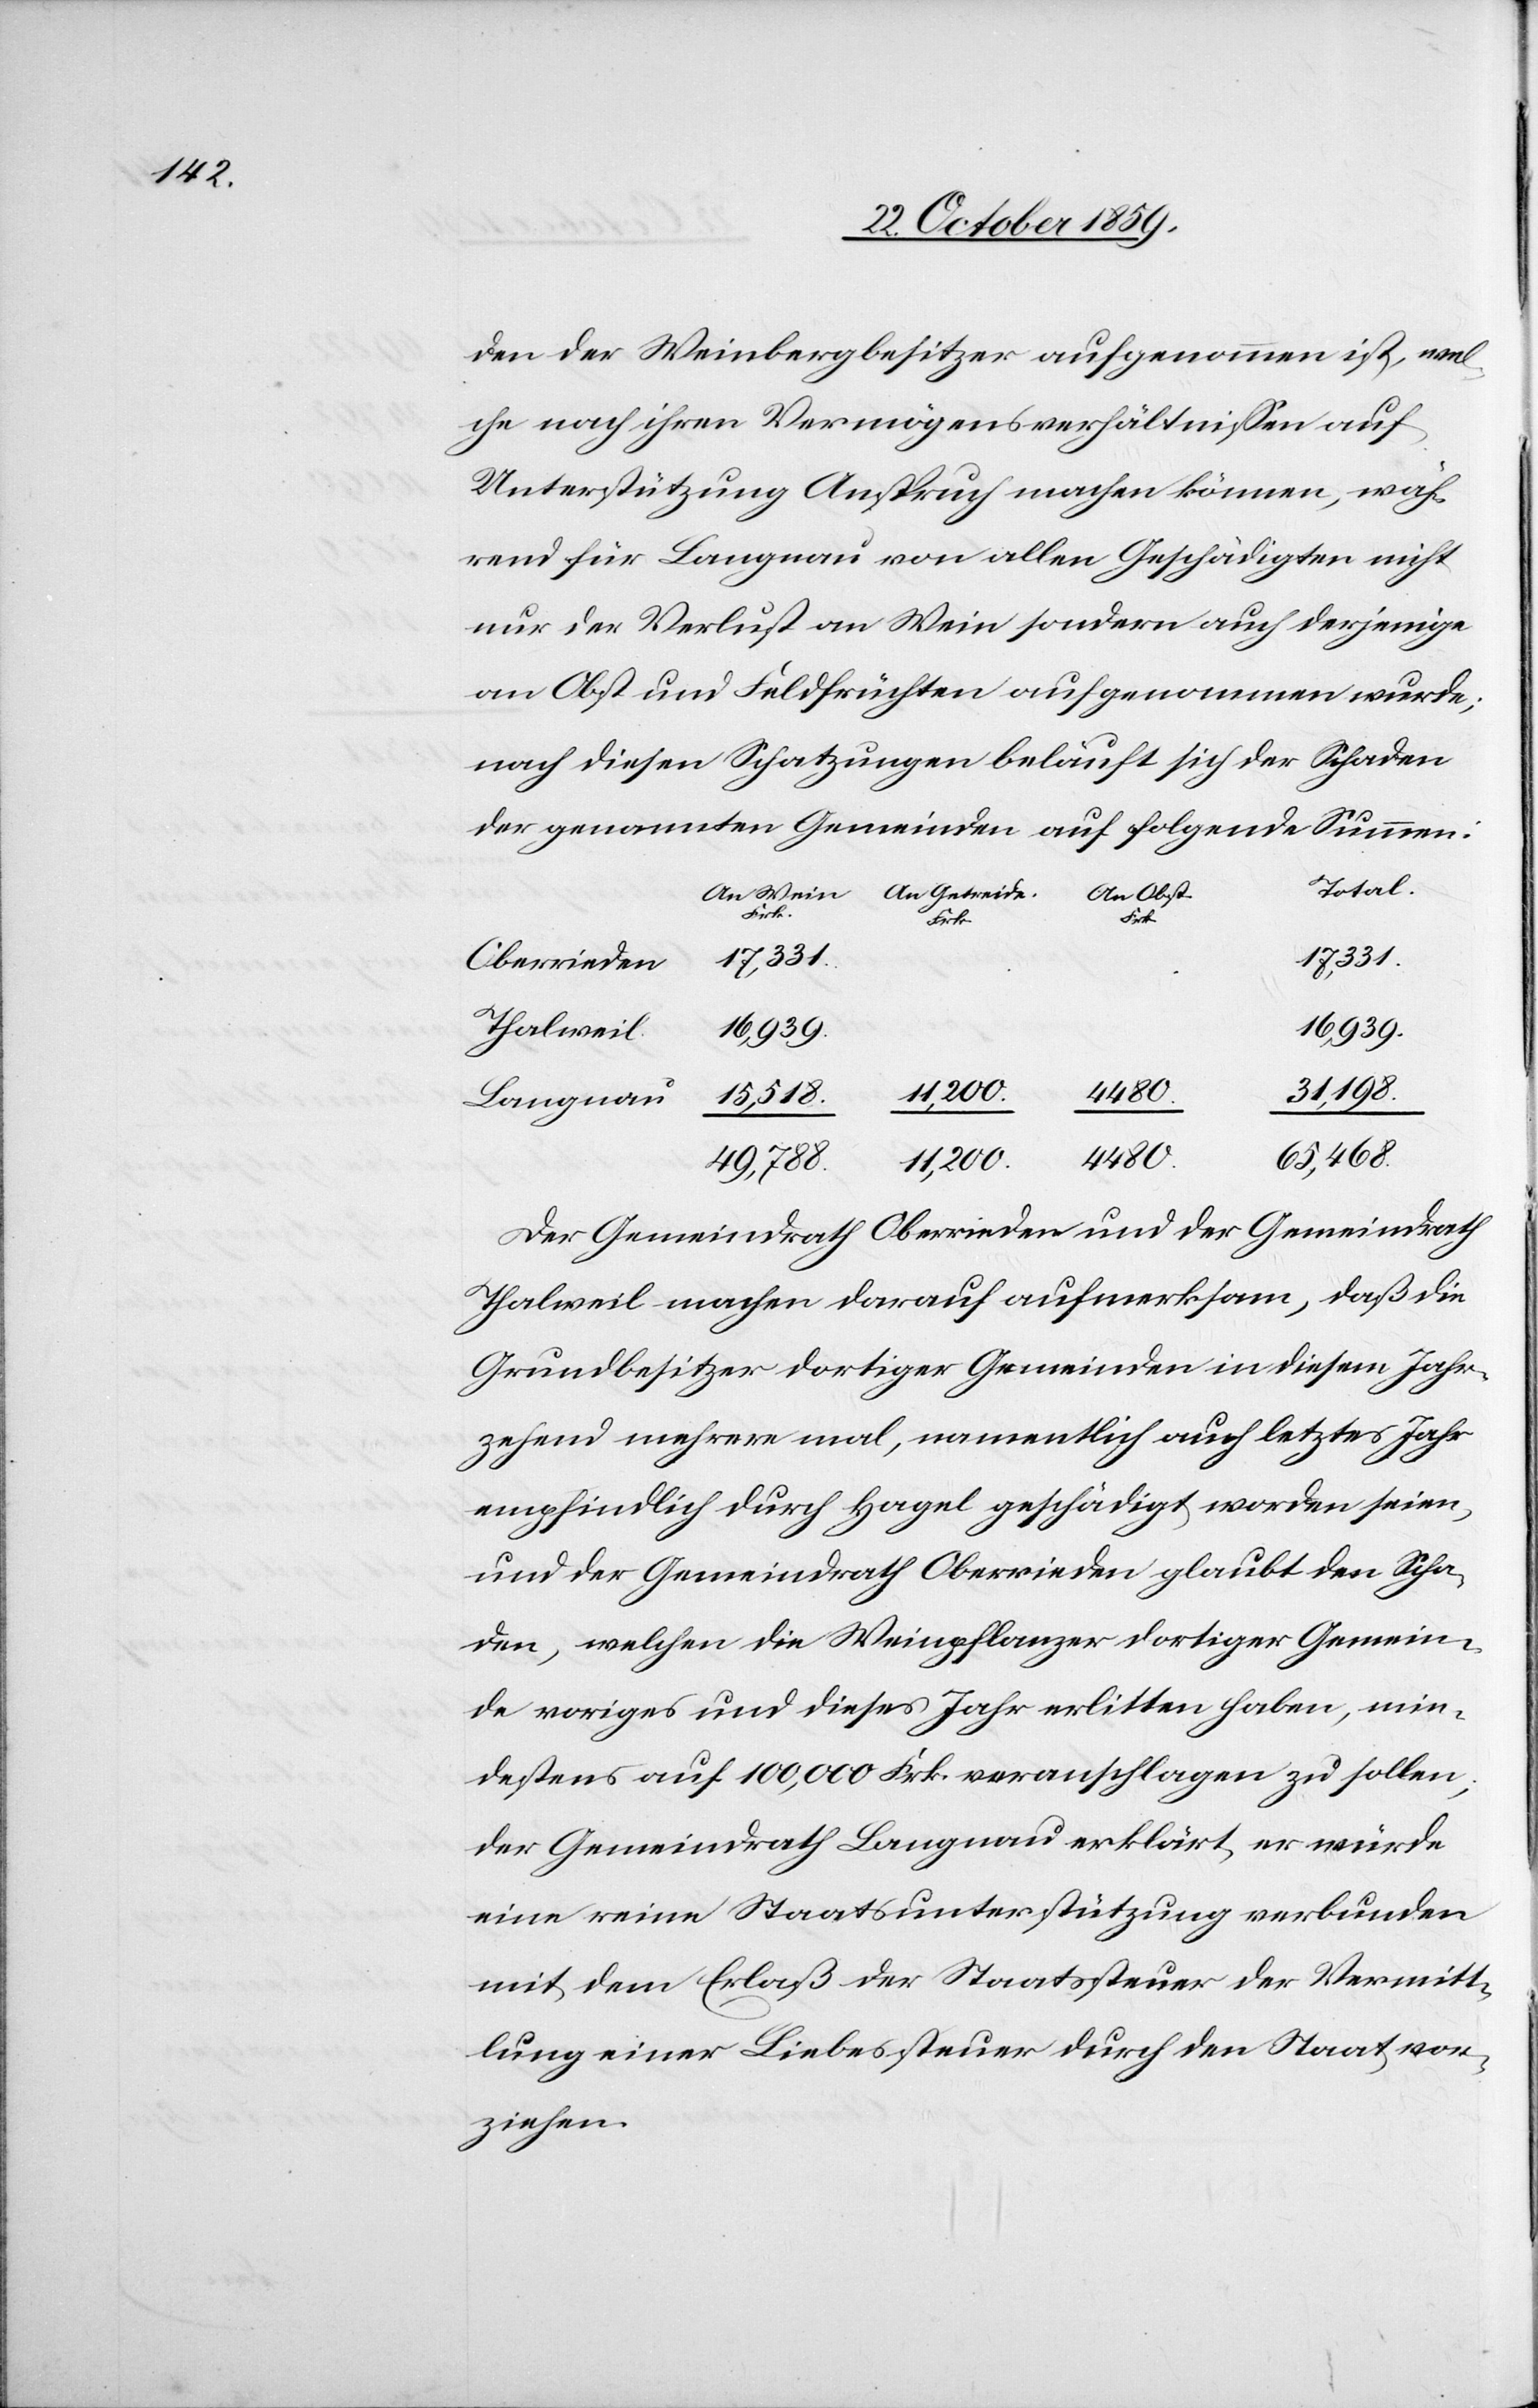
den der Weinbergbesitzer aufgenommen ist, wel¬
che nach ihren Vermögensverhältnissen auf
Unterstützung Anspruch machen können, wäh¬
rend für Langnau von allen Geschädigten nicht
nur der Verlust an Wein sondern auch derjenige
an Obst und Feldfrüchten aufgenommen wurde;
nach diesen Schatzungen beläuft sich der Schaden
der genannten Gemeinden auf folgende Summen:
Total.
An Obst.
Frk.
Frk.
eide.
17,331.
Oberrieden
16,939.
Thalweil
31,198.
4480.
15,518.
Langnau
65,468.
49,788.
11,200.
Der Gemeindrath Oberrieden und der Gemeinderath
Thalweil machen darauf aufmerksam, daß die
Grundbesitzer dortiger Gemeinden in diesem Jahr¬
zehend mehrere mal, namentlich auch letztes Jahr
empfindlich durch Hagel geschädigt worden seien,
und der Gemeindrath Oberrieden glaubt den Scha¬
den, welchen die Weinpflanzer dortiger Gemein¬
de voriges und dieses Jahr erlitten haben, min¬
destens auf 100,000 Frk. veranschlagen zu sollen;
der Gemeindrath Langnau erklärt, er würde
eine reine Staatsunterstützung verbunden
mit dem Erlaß der Staatssteuer der Vermitt¬
lung einer Liebessteuer durch den Staat vor¬
ziehen.